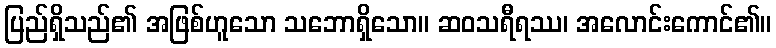
ပြည်ရှိသည်၏ အဖြစ်ဟူသော သဘောရှိသော။ ဆဝသရီရဿ၊ အလောင်းကောင်၏။